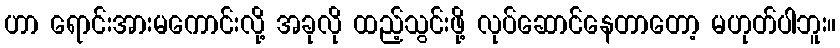
ဟာ ရောင်းအားမကောင်းလို့ အခုလို ထည့်သွင်းဖို့ လုပ်ဆောင်နေတာတော့ မဟုတ်ပါဘူး။